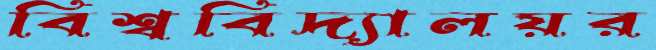
বিশ্ববিদ্যালয়র